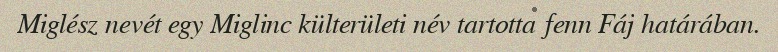
Miglész nevét egy Miglinc külterületi név tartotta fenn Fáj határában.